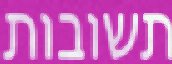
תשובות